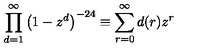
\prod _ { d = 1 } ^ { \infty } \left( 1 - z ^ { d } \right) ^ { - 2 4 } \equiv \sum _ { r = 0 } ^ { \infty } d ( r ) z ^ { r }